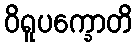
ဝိရူပက္ခောတိ